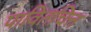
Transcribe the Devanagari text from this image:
पावितचित्त